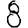
Digit: 8